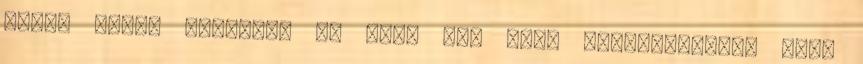
ülni. Kicsi segítség is elég egy nagy disznótorhoz. Két,